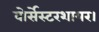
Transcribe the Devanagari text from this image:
वोर्सेस्टरशायर।